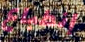
إنطباع